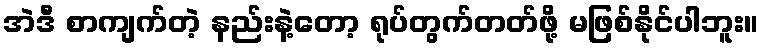
အဲဒီ စာကျက်တဲ့ နည်းနဲ့တော့ ရုပ်တွက်တတ်ဖို့ မဖြစ်နိုင်ပါဘူး။